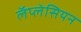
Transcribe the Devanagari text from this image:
लॅप्लेसियन